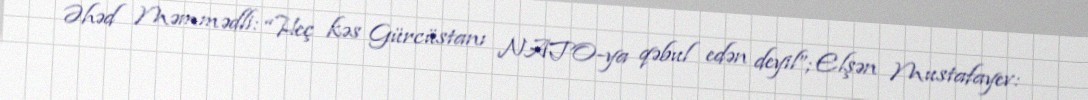
Əhəd Məmmədli: “Heç kəs Gürcüstanı NATO-ya qəbul edən deyil”; Elşən Mustafayev: